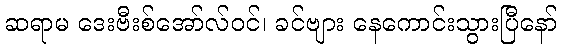
ဆရာမ ဒေးဗီးစ်အော်လ်ဝင်၊ ခင်ဗျား နေကောင်းသွားပြီနော်